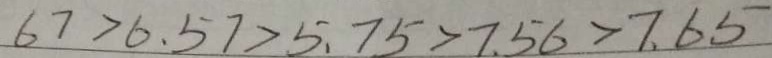
6 7 > 6 . 5 7 > 5 . 7 5 > 7 . 5 6 > 7 . 6 5